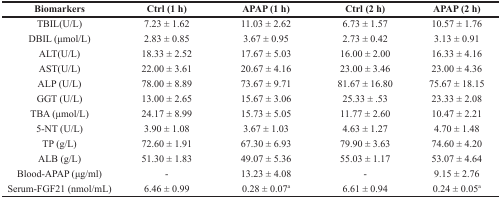
| Biomarkers | Ctrl (1 h) | APAP (1 h) | Ctrl (2 h) | APAP (2 h) |
 | --- | --- | --- | --- | --- |
 | TBIL(U/L) | 7.23 ± 1.62 | 11.03 ± 2.62 | 6.73 ± 1.57 | 10.57 ± 1.76 |
 | DBIL (μmol/L) | 2.83 ± 0.85 | 3.67 ± 0.95 | 2.73 ± 0.42 | 3.13 ± 0.91 |
 | ALT(U/L) | 18.33 ± 2.52 | 17.67 ± 5.03 | 16.00 ± 2.00 | 16.33 ± 4.16 |
 | AST(U/L) | 22.00 ± 3.61 | 20.67 ± 4.16 | 23.00 ± 3.46 | 23.00 ± 4.36 |
 | ALP (U/L) | 78.00 ± 8.89 | 73.67 ± 9.71 | 81.67 ± 16.80 | 75.67 ± 18.15 |
 | GGT (U/L) | 13.00 ± 2.65 | 15.67 ± 3.06 | 25.33 ± .53 | 23.33 ± 2.08 |
 | TBA (μmol/L) | 24.17 ± 8.99 | 15.73 ± 5.05 | 11.77 ± 2.60 | 10.47 ± 2.21 |
 | 5-NT (U/L) | 3.90 ± 1.08 | 3.67 ± 1.03 | 4.63 ± 1.27 | 4.70 ± 1.48 |
 | TP (g/L) | 72.60 ± 1.91 | 67.30 ± 6.93 | 79.90 ± 3.63 | 74.60 ± 4.20 |
 | ALB (g/L) | 51.30 ± 1.83 | 49.07 ± 5.36 | 55.03 ± 1.17 | 53.07 ± 4.64 |
 | Blood-APAP (μg/ml) | - | 13.23 ± 4.08 | - | 9.15 ± 2.76 |
 | Serum-FGF21 (nmol/mL) | 6.46 ± 0.99 | 0.28 ± 0.07a | 6.61 ± 0.94 | 0.24 ± 0.05a |